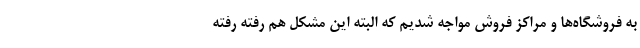
به فروشگاه‌ها و مراکز فروش مواجه شدیم که البته این مشکل هم رفته رفته